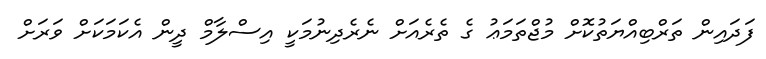
ފަދައިން ތަރްބިއްޔަތުކޮށް މުޖްތަމަޢު ގެ ތެރެއަށް ނެރެދިނުމަކީ އިސްލާމް ދީން އެކަމަކަށް ވަރަށް